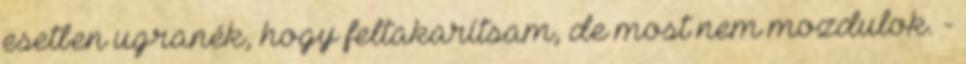
esetben ugranék, hogy feltakarítsam, de most nem mozdulok. -